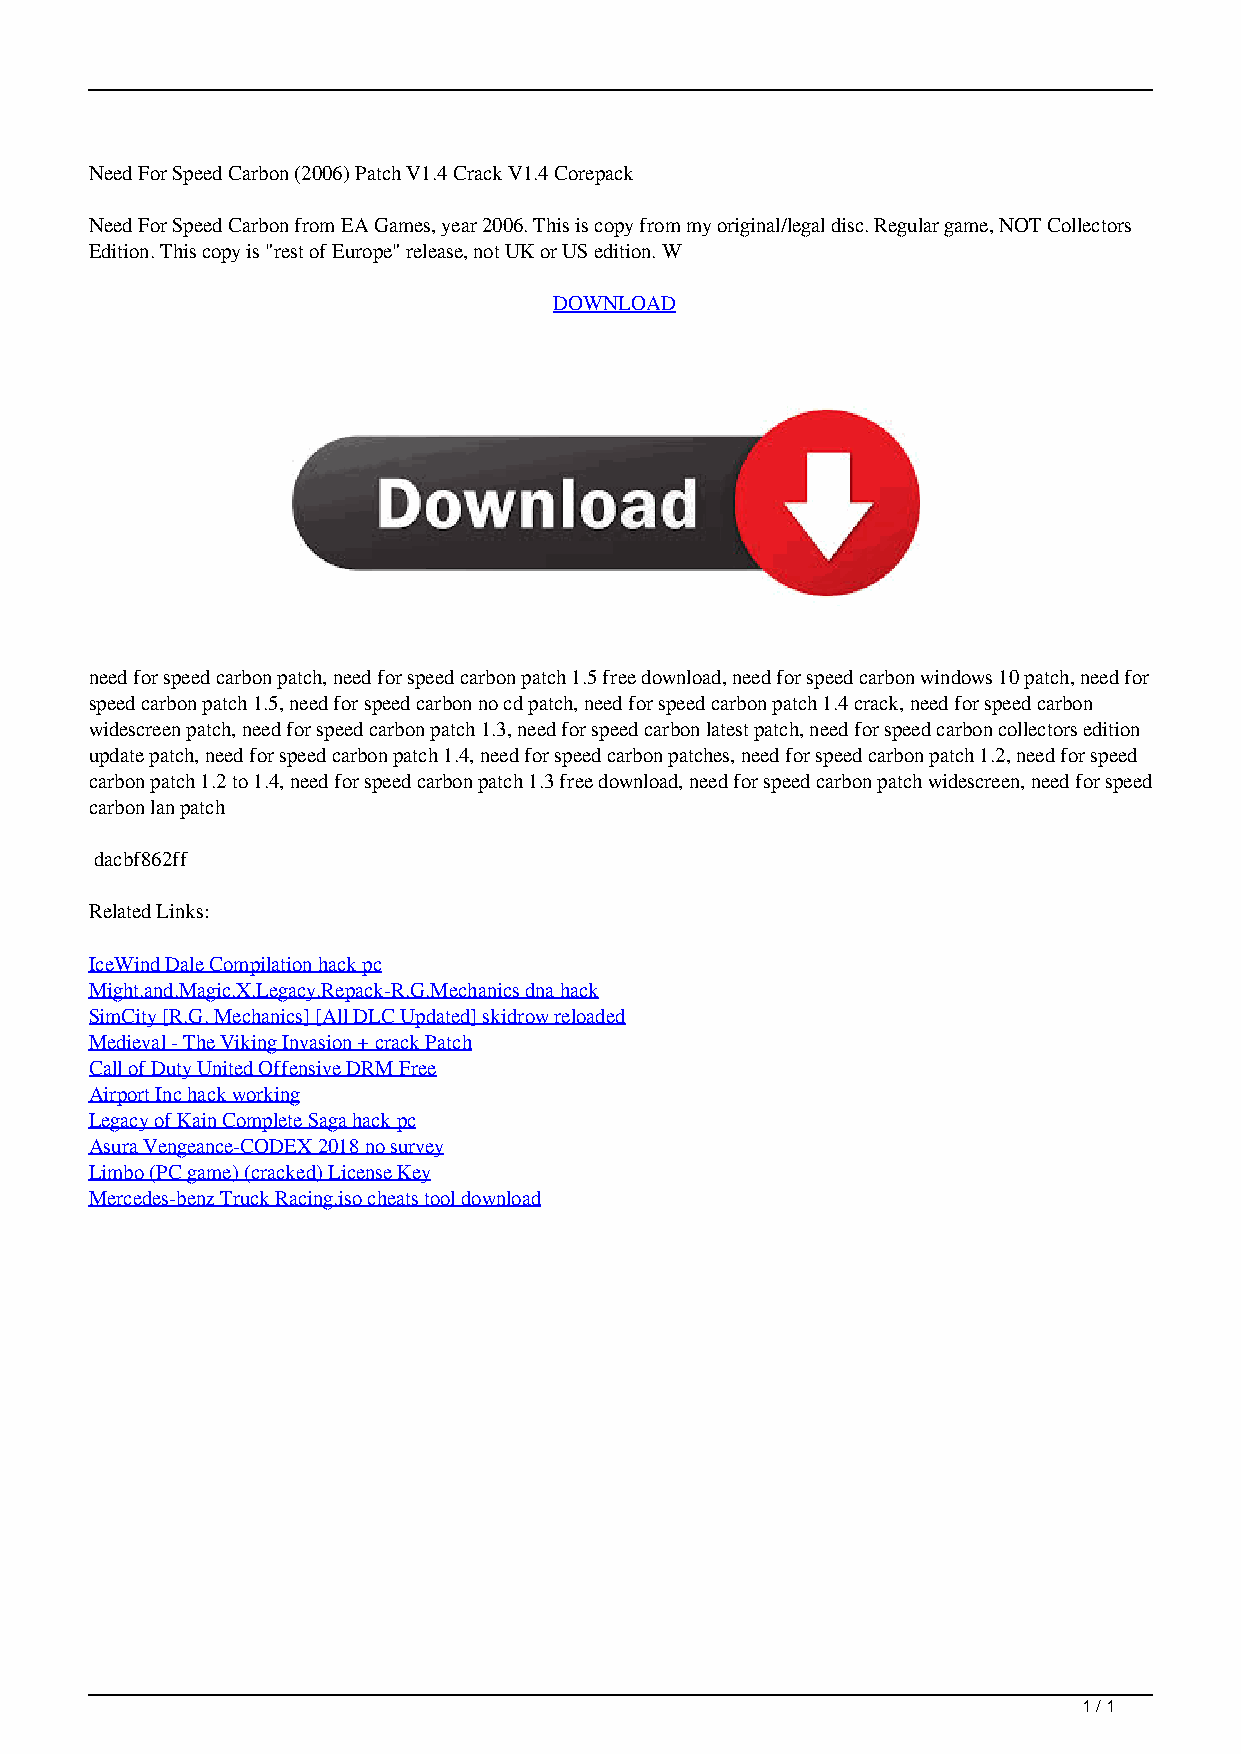
Need For Speed Carbon (2006) Patch V1.4 Crack V1.4 Corepack
 Need For Speed Carbon from EA Games, year 2006. This is copy from my original/legal disc. Regular game, NOT Collectors
 Edition. This copy is "rest of Europe" release, not UK or US edition. W
 DOWNLOAD
 need for speed carbon patch, need for speed carbon patch 1.5 free download, need for speed carbon windows 10 patch, need for
 speed carbon patch 1.5, need for speed carbon no cd patch, need for speed carbon patch 1.4 crack, need for speed carbon
 widescreen patch, need for speed carbon patch 1.3, need for speed carbon latest patch, need for speed carbon collectors edition
 update patch, need for speed carbon patch 1.4, need for speed carbon patches, need for speed carbon patch 1.2, need for speed
 carbon patch 1.2 to 1.4, need for speed carbon patch 1.3 free download, need for speed carbon patch widescreen, need for speed
 carbon lan patch
 dacbf862ff
 Related Links:
 IceWind Dale Compilation hack pc
 Might.and.Magic.X.Legacy.Repack-R.G.Mechanics dna hack
 SimCity [R.G. Mechanics] [All DLC Updated] skidrow reloaded
 Medieval - The Viking Invasion + crack Patch
 Call of Duty United Offensive DRM Free
 Airport Inc hack working
 Legacy of Kain Complete Saga hack pc
 Asura Vengeance-CODEX 2018 no survey
 Limbo (PC game) (cracked) License Key
 Mercedes-benz Truck Racing.iso cheats tool download
 1 / 1
 Need For Speed Carbon 2006 Patch V14 Crack V14 Corepack